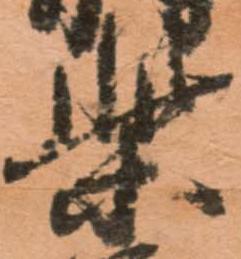
柴